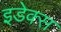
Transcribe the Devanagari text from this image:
इडेक्स